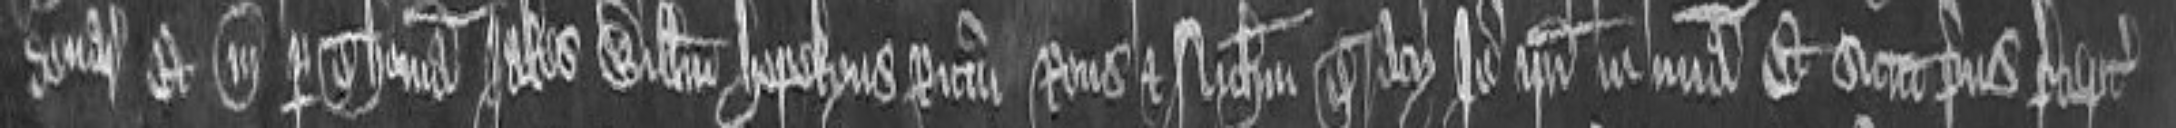
denariorum et manucaptus per Thomam Jakes. Willelmum Hopekyns. Ricardum Rous et Nicholaum Tracy. Ideo ipsi in misericordia. Et sicut prius preceptum